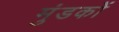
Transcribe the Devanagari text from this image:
मुंडकों